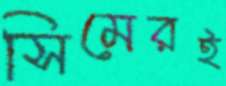
সিমেরই